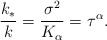
\begin{align*}\frac{k_\ast}{k} =\frac{\sigma^2}{K_\alpha} = \tau^\alpha.\end{align*}